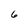
Character: 6